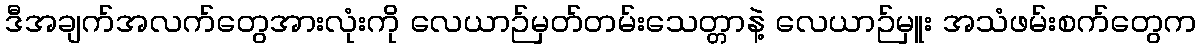
ဒီအချက်အလက်တွေအားလုံးကို လေယာဉ်မှတ်တမ်းသေတ္တာနဲ့ လေယာဉ်မှူး အသံဖမ်းစက်တွေက